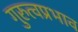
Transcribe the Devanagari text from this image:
गुरुत्वप्रभाव